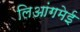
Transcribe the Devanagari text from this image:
लिआंगमेई